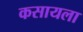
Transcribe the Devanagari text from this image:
कसायला